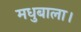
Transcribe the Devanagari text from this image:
मधुबाला।